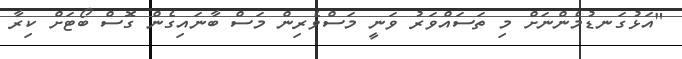
"އަޅުގަނޑުމެންނަށް މި ތަސައްވަރު ވަނީ މަސްވެރިން މަސް ބާނައިގެން ގޮސް ބޯޓަށް ކިރާ